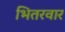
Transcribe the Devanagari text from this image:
भितरवार